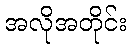
အလိုအတိုင်း